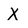
Character: X